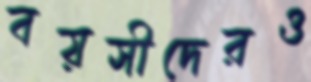
বয়সীদেরও